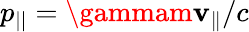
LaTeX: p_{||}=\gammam\mathbf{v}_{\parallel}/c